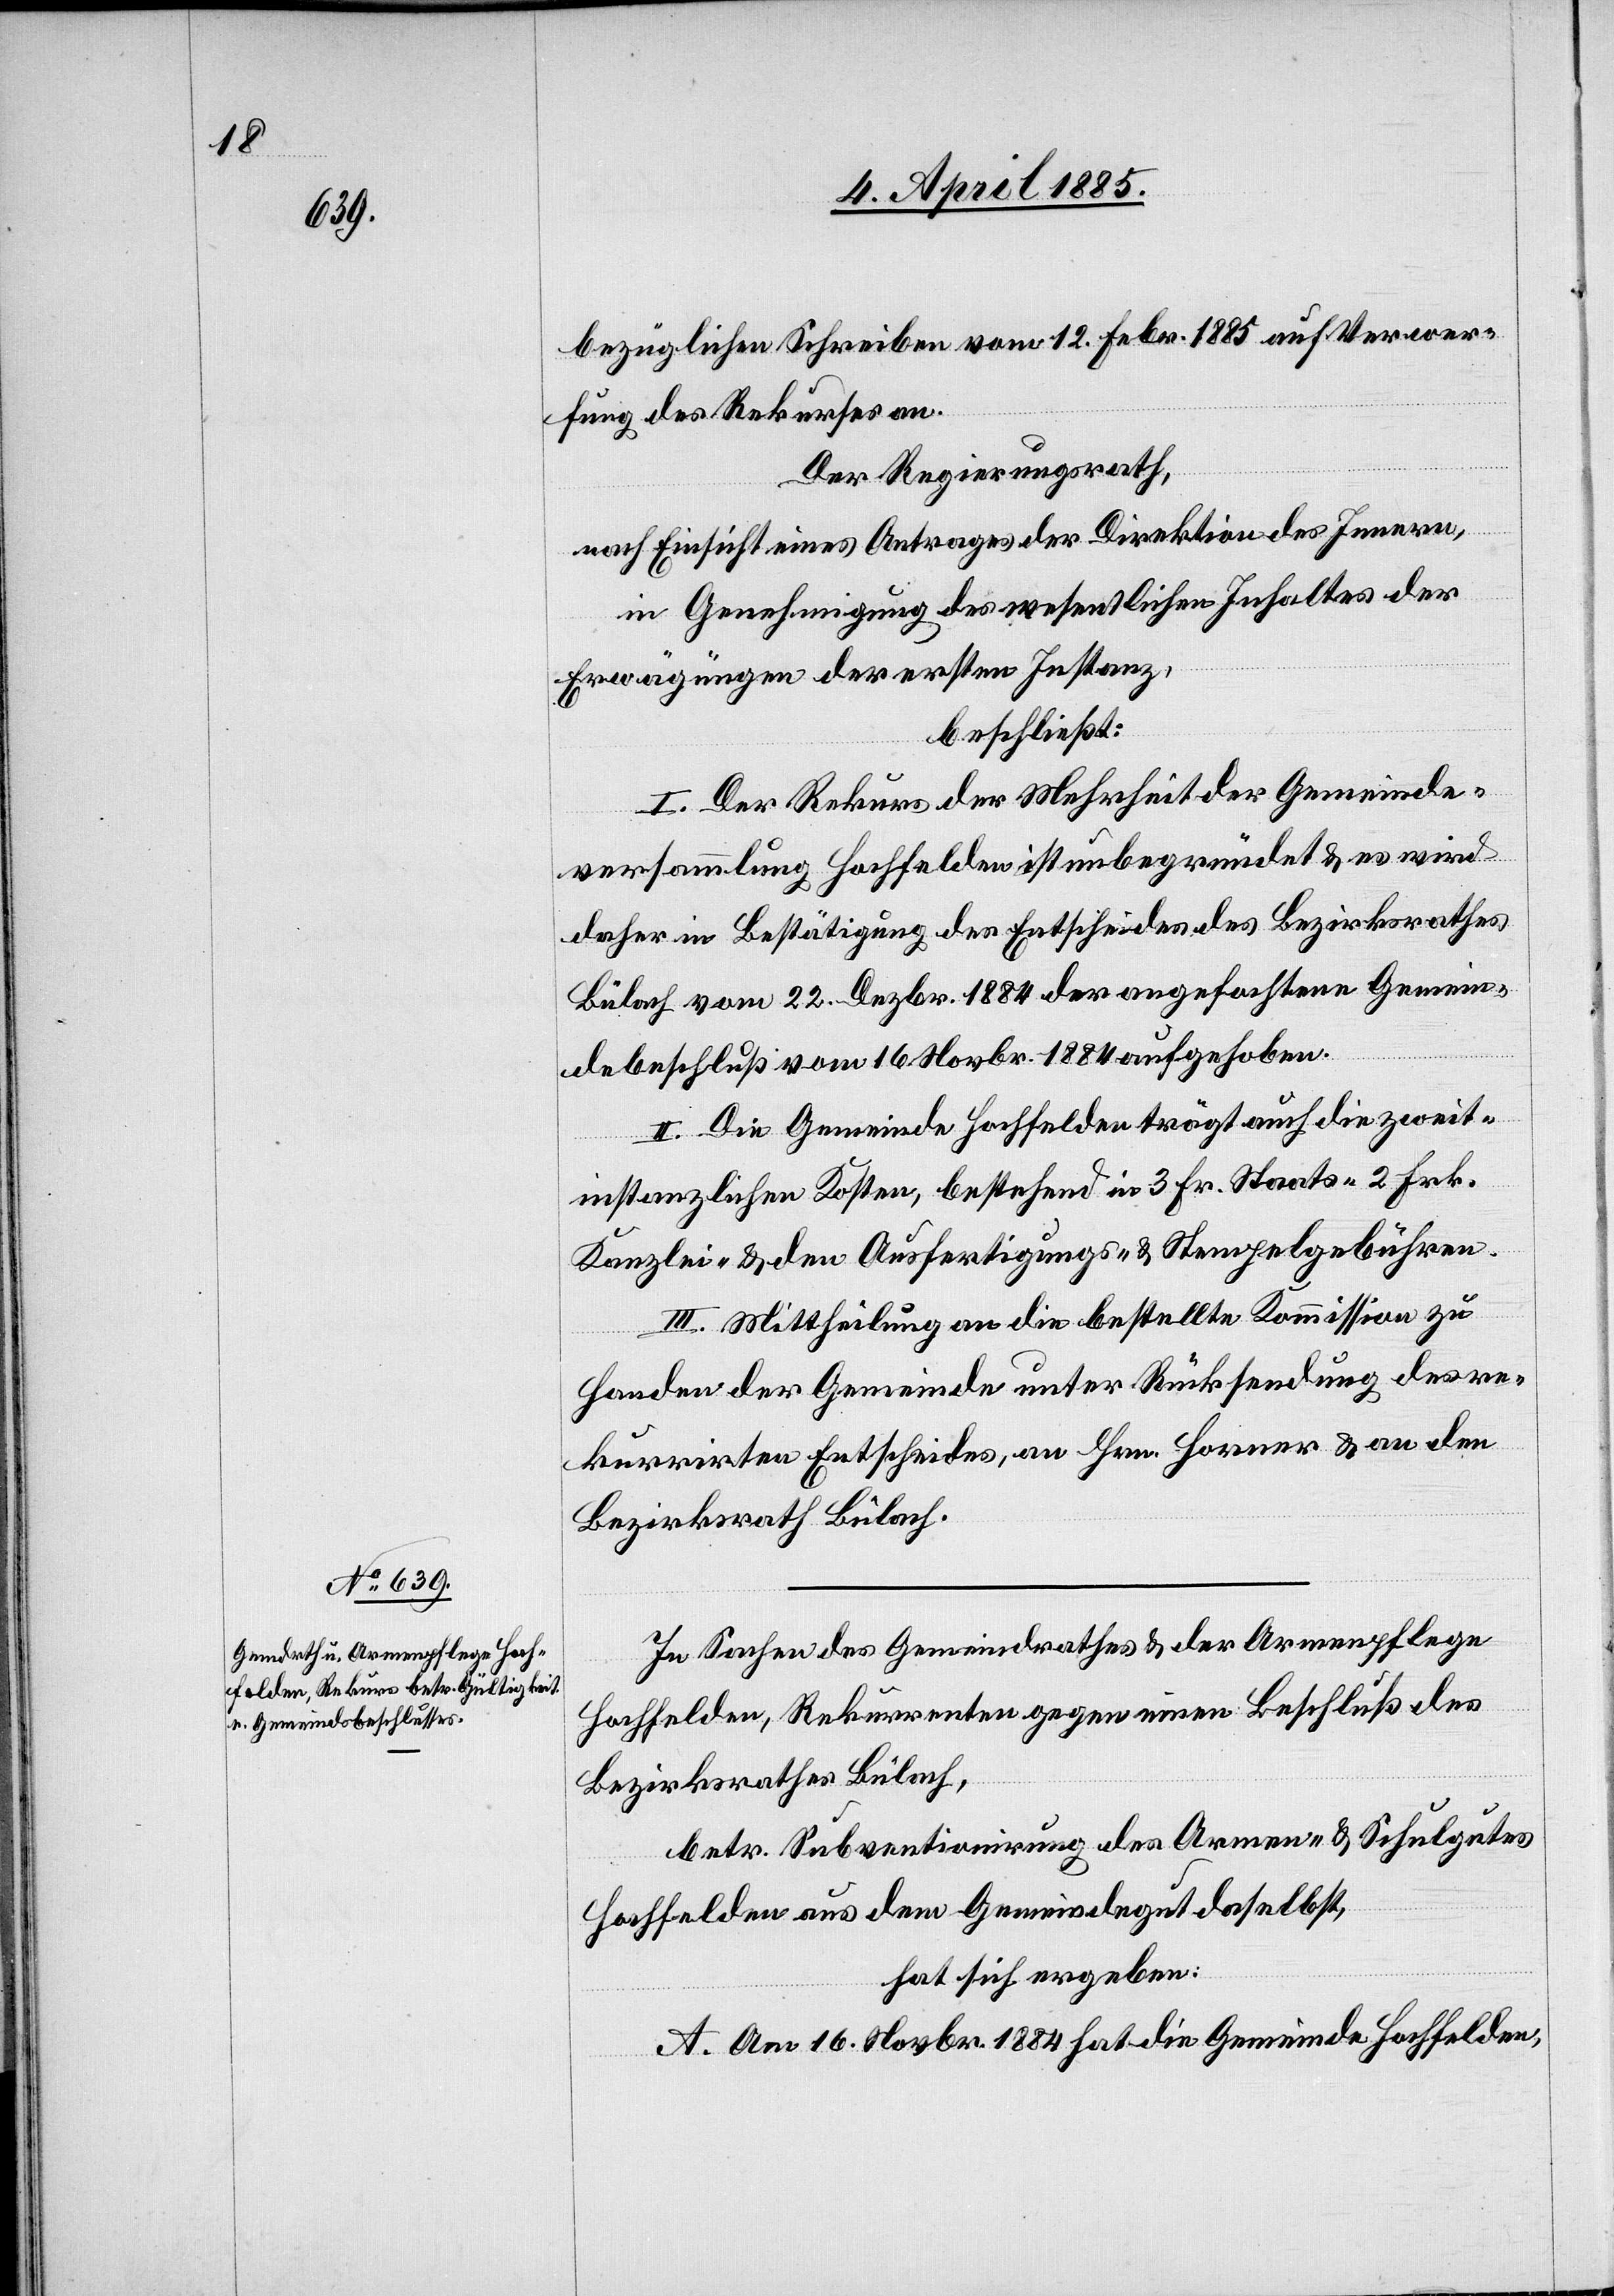
bezüglichen Schreiben vom 12. Febr. 1885 auf Verwer¬
fung des Rekurses an.
Der Regierungsrath,
nach Einsicht eines Antrages der Direktion des Innern,
in Genehmigung des wesentlichen Inhaltes der
Erwägungen der ersten Instanz,
beschließt:
I. Der Rekurs der Mehrheit der Gemeinde¬
versammlung Hochfelden ist unbegründet & es wird
daher in Bestätigung des Entscheides des Bezirksrathes
Bülach vom 22. Dezbr. 1884 der angefochtene Gemein¬
debeschluß vom 16. Novbr. 1884 aufgehoben.
II. Die Gemeinde Hochfelden trägt auch die zweit¬
instanzlichen Kosten, bestehend in 3 Fr. Staats- 2 Frk.
Kanzlei- & den Ausfertigungs- & Stempelgebühren.
III. Mittheilung an die bestellte Kommission zu
Handen der Gemeinde unter Rücksendung des re¬
kurrirten Entscheides, an Hrn. Horner & an den
Bezirksrath Bülach.
In Sachen des Gemeindrathes & der Armenpflege
Hochfelden, Rekurrenten gegen einen Beschluß des
Bezirksrathes Bülach,
betr. Subventionirung des Armen- & Schulgutes
Hochfelden aus dem Gemeindegut daselbst,
hat sich ergeben:
A. Am 16. Novbr. 1884 hat die Gemeinde Hochfelden,